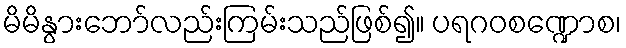
မိမိနွားဘော်လည်းကြမ်းသည်ဖြစ်၍။ ပရဂဝစဏ္ဍောစ၊